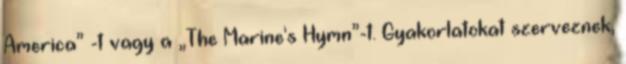
America” -t vagy a „The Marine's Hymn”-t. Gyakorlatokat szerveznek,